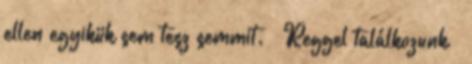
ellen egyikük sem tesz semmit. – Reggel találkozunk –